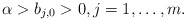
\begin{align*}\alpha>b_{j,0}>0, j=1,\dots, m.\end{align*}